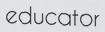
educator